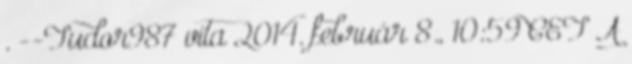
. --Tudor987 vita 2014. február 8., 10:59 CET A